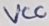
Text: VCC